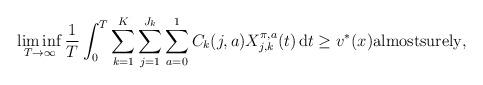
LaTeX: \begin{align*} \liminf_{T\to\infty} \frac{1}{T}\int_{0}^T \sum_{k=1}^K\sum_{j=1}^{J_k}\sum_{a=0}^{1} C_{k}(j,a)X_{j,k}^{\pi,a}(t) \,\mathrm{d}t \geq v^*(x)\mbox{almostsurely},\end{align*}